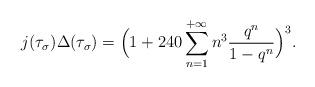
LaTeX: \begin{align*}j(\tau_\sigma)\Delta(\tau_\sigma)=\Big(1+240\sum_{n=1}^{+\infty}n^3\frac{q^n}{1-q^n}\Big)^3.\end{align*}